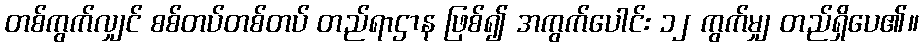
တစ်ကွက်လျှင် စစ်တပ်တစ်တပ် တည်ရာဌာန ဖြစ်၍ အကွက်ပေါင်း ၁၂ ကွက်မျှ တည်ရှိပေ၏။